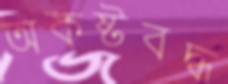
অকষ্টবদ্ধ